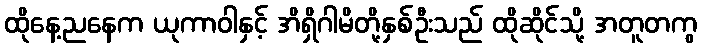
ထိုနေ့ညနေက ယုကာဝါနှင့် အိရှိဂါမိတို့နှစ်ဦးသည် ထိုဆိုင်သို့ အတူတကွ